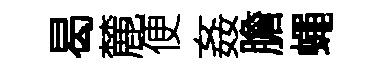
曷麓便姦膽蠅